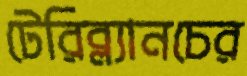
টেরিব্ল্যানচের